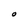
Character: O